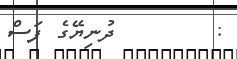
:        ދުނިޔޭގެ ފަސް